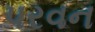
પરવન